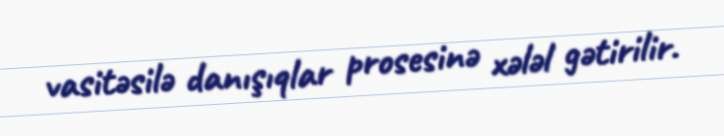
vasitəsilə danışıqlar prosesinə xələl gətirilir.